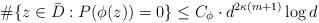
LaTeX: \begin{align*} \#\{z\in\bar D:P(\phi(z))=0\} \le C_\phi\cdot d^{2\kappa(m+1)}\log d \end{align*}